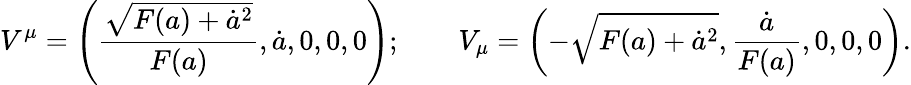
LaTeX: V^{\mu}=\left({\frac{\sqrt{F(a)+\dot{a}^{2}}}{F(a)}},\dot{a},0,0,0\right);\qquad V_{\mu}=\left(-\sqrt{F(a)+\dot{a}^{2}},{\frac{\dot{a}}{F(a)}},0,0,0\right).